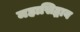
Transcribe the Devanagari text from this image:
महासिद्धाय